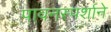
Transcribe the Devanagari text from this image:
पावनस्पर्शाने